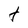
Character: t